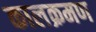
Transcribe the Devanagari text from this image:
कालक्रमण